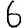
Digit: 6